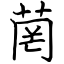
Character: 菵